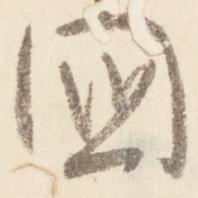
国